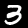
Label: 3